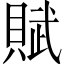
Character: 賦